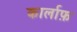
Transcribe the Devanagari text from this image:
कार्लाफ़